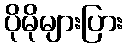
ပိုမိုများပြား